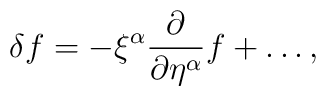
\delta f = - \xi^\alpha \frac{\partial}{\partial \eta^\alpha} f + \ldots,